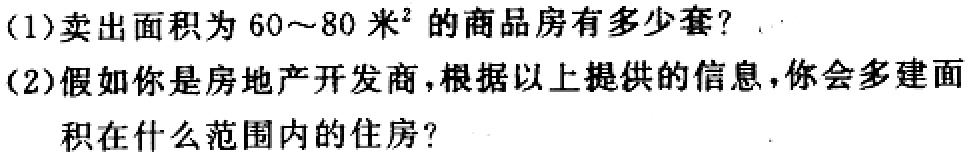
(1)卖出面积为60～80米²的商品房有多少套？
(2)假如你是房地产开发商，根据以上提供的信息，你会多建面积在什么范围内的住房？